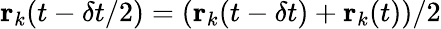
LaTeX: \textbf{r}_{k}(t-\delta t/2)=(\textbf{r}_{k}(t-\delta t)+\textbf{r}_{k}(t))/2